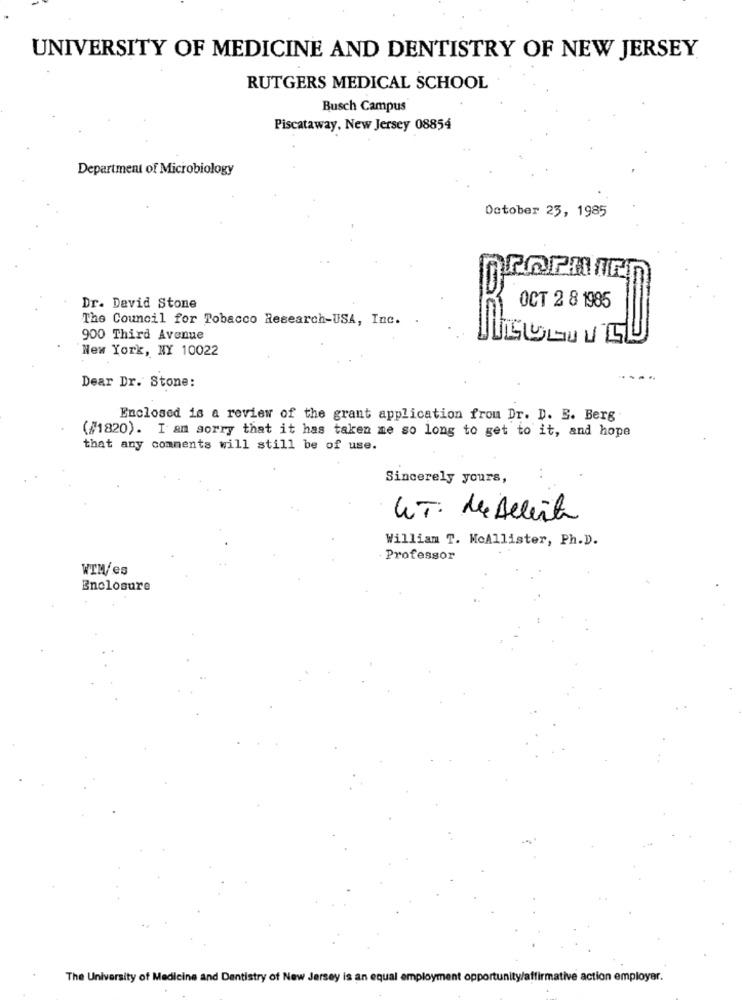
UNIVERSITY OF MEDICINE AND DENTISTRY OF NEW JERSEY
RUTGERS MEDICAL SCHOOL
Busch Campus
Piscataway, New Jersey 08854
Department of Microbiology
October 23, 1985
Dr. Devid Stone
OCT 2 8 1985
The Council for Tobacco Research-USA, Inc.
900 Third Avenue
New York, NY 10022
Dear Dr. Stone:
Enclosed is a review of the grant application from Dr. D. E. Berg
(#1820). I am sorry that it has taken me so long to get to it, and hope
that any comments will still be of use.
Sincerely yours,
IT: de Allierte
William T. McAllister, Ph.D.
- Professor
WTM/es
Enclosure
The University of Medicine and Dentistry of New Jersey is an equal employment opportunity/affirmative action employer.